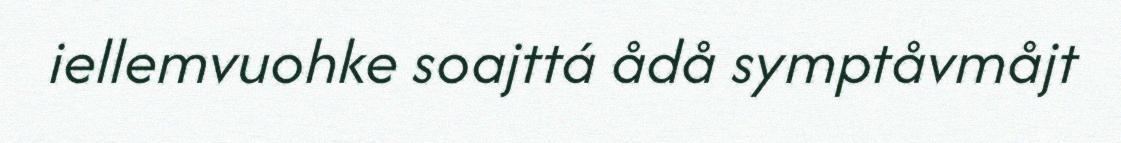
iellemvuohke soajttá ådå symptåvmåjt